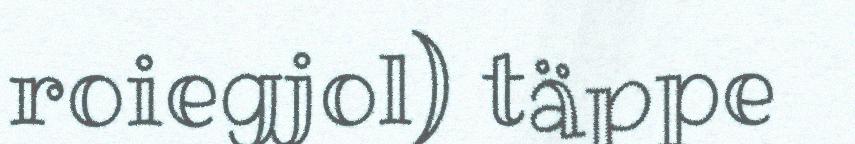
roiegjol) täppe